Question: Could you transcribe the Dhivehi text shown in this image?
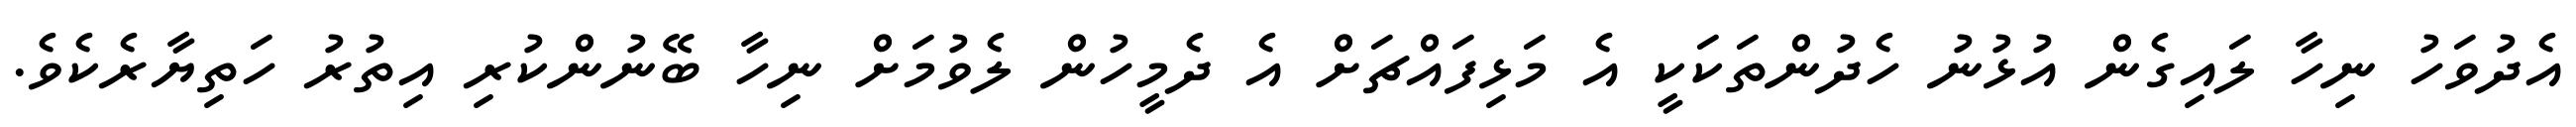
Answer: އެދުވަހު ނިހާ ލައިގެން އުޅުނު ހެދުންތަކަކީ އެ މަޅިފައްޗަށް އެ ދެމީހުން ލެވުމަށް ނިހާ ބޭނުންކުރި އިތުރު ހަތިޔާރެކެވެ.